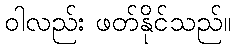
ဝါလည်း ဖတ်နိုင်သည်။